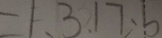
= 1 , 3 , 1 7 , b